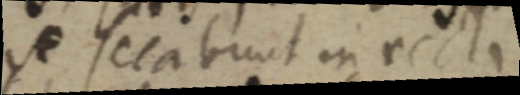
se secabunt in recti